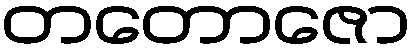
တတောဇော